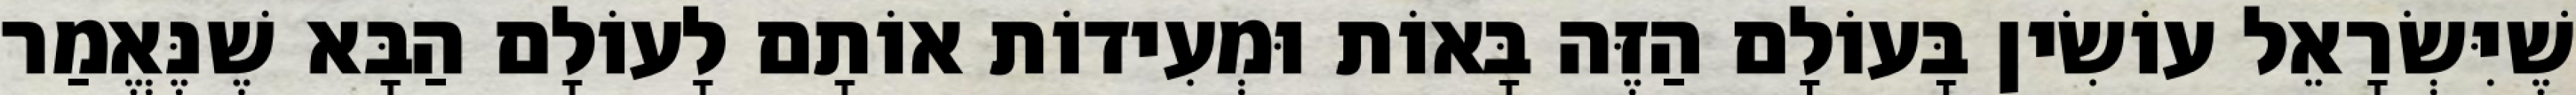
שֶׁיִּשְׂרָאֵל עוֹשִׂין בָּעוֹלָם הַזֶּה בָּאוֹת וּמְעִידוֹת אוֹתָם לָעוֹלָם הַבָּא שֶׁנֶּאֱמַר